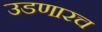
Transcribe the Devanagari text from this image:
उडणारच